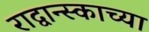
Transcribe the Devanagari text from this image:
राद्वान्स्काच्या